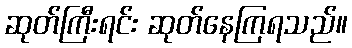
ဆုတ်ကြီးရင်း ဆုတ်နေကြရသည်။